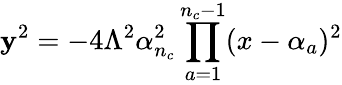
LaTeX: \mathbf{y}^{2}=-4\Lambda^{2}\alpha_{n_{c}}^{2}\prod_{a=1}^{n_{c}-1}(x-\alpha_{a})^{2}